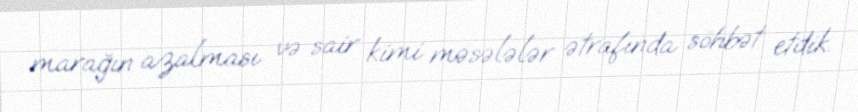
marağın azalması və sair kimi məsələlər ətrafında söhbət etdik.